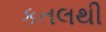
કતલથી